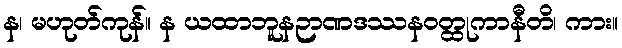
န၊ မဟုတ်ကုန်။ န ယထာဘူနဉာဏဒဿနဝတ္ထုကာနီတိ၊ ကား။